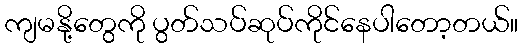
ကျမနို့တွေကို ပွတ်သပ်ဆုပ်ကိုင်နေပါတော့တယ်။